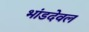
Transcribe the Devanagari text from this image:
भांडदेवल